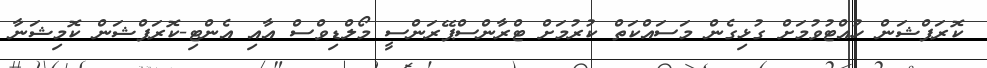
ކޮރަޕްޝަން ހުއްޓުވުމަށް ގުޅިގެން މަސައްކަތް ކުރުމަށް ޓްރާންސްޕޭރަންސީ މޯލްޑިވްސް އާއި އެންޓި-ކޮރަޕްޝަން ކޮމިޝަނާ